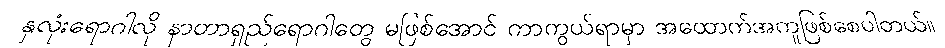
နှလုံးရောဂါလို နာတာရှည်ရောဂါတွေ မဖြစ်အောင် ကာကွယ်ရာမှာ အထောက်အကူဖြစ်စေပါတယ်။